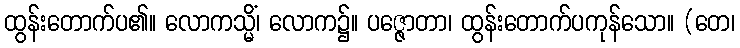
ထွန်းတောက်ပ၏။ လောကသ္မိံ၊ လောက၌။ ပဇ္ဇောတာ၊ ထွန်းတောက်ပကုန်သော။ (တေ၊